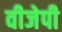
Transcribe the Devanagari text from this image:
वीजेपी